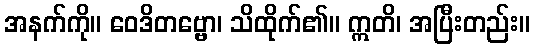
အနက်ကို။ ဝေဒိတဗ္ဗော၊ သိထိုက်၏။ ဣတိ၊ အပြီးတည်း။